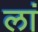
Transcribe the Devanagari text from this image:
लां